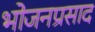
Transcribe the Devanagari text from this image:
भोजनप्रसाद